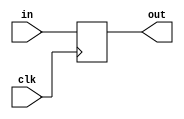
module coreir_reg #(
    parameter width = 1,
    parameter clk_posedge = 1,
    parameter init = 1
) (
    input clk,
    input [width-1:0] in,
    output [width-1:0] out
);
  reg [width-1:0] outReg=init;
  wire real_clk;
  assign real_clk = clk_posedge ? clk : ~clk;
  always @(posedge real_clk) begin
    outReg <= in;
  end
  assign out = outReg;
endmodule

module DFF_init0_has_ceFalse_has_resetFalse_has_async_resetFalse (
    input I,
    output O,
    input CLK
);
wire [0:0] reg_P_inst0_out;
coreir_reg #(
    .clk_posedge(1'b1),
    .init(1'h0),
    .width(1)
) reg_P_inst0 (
    .clk(CLK),
    .in(I),
    .out(reg_P_inst0_out)
);
assign O = reg_P_inst0_out[0];
endmodule

module Johnson4 (
    output [3:0] O,
    input CLK
);
wire DFF_init0_has_ceFalse_has_resetFalse_has_async_resetFalse_inst0_O;
wire DFF_init0_has_ceFalse_has_resetFalse_has_async_resetFalse_inst1_O;
wire DFF_init0_has_ceFalse_has_resetFalse_has_async_resetFalse_inst2_O;
wire DFF_init0_has_ceFalse_has_resetFalse_has_async_resetFalse_inst3_O;
wire not_inst0_out;
DFF_init0_has_ceFalse_has_resetFalse_has_async_resetFalse DFF_init0_has_ceFalse_has_resetFalse_has_async_resetFalse_inst0 (
    .I(not_inst0_out),
    .O(DFF_init0_has_ceFalse_has_resetFalse_has_async_resetFalse_inst0_O),
    .CLK(CLK)
);
DFF_init0_has_ceFalse_has_resetFalse_has_async_resetFalse DFF_init0_has_ceFalse_has_resetFalse_has_async_resetFalse_inst1 (
    .I(DFF_init0_has_ceFalse_has_resetFalse_has_async_resetFalse_inst0_O),
    .O(DFF_init0_has_ceFalse_has_resetFalse_has_async_resetFalse_inst1_O),
    .CLK(CLK)
);
DFF_init0_has_ceFalse_has_resetFalse_has_async_resetFalse DFF_init0_has_ceFalse_has_resetFalse_has_async_resetFalse_inst2 (
    .I(DFF_init0_has_ceFalse_has_resetFalse_has_async_resetFalse_inst1_O),
    .O(DFF_init0_has_ceFalse_has_resetFalse_has_async_resetFalse_inst2_O),
    .CLK(CLK)
);
DFF_init0_has_ceFalse_has_resetFalse_has_async_resetFalse DFF_init0_has_ceFalse_has_resetFalse_has_async_resetFalse_inst3 (
    .I(DFF_init0_has_ceFalse_has_resetFalse_has_async_resetFalse_inst2_O),
    .O(DFF_init0_has_ceFalse_has_resetFalse_has_async_resetFalse_inst3_O),
    .CLK(CLK)
);
assign not_inst0_out = ~ DFF_init0_has_ceFalse_has_resetFalse_has_async_resetFalse_inst3_O;
assign O = {DFF_init0_has_ceFalse_has_resetFalse_has_async_resetFalse_inst3_O,DFF_init0_has_ceFalse_has_resetFalse_has_async_resetFalse_inst2_O,DFF_init0_has_ceFalse_has_resetFalse_has_async_resetFalse_inst1_O,DFF_init0_has_ceFalse_has_resetFalse_has_async_resetFalse_inst0_O};
endmodule